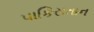
પાકિસતાન